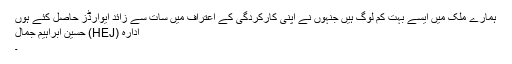
ہمارے ملک میں ایسے بہت کم لوگ ہیں جنہوں نے اپنی کارکردگی کے اعتراف میں سات سے زائد ایوارڈز حاصل کئے ہوں
ادارہ (HEJ) حسین ابراہیم جمال
۔